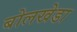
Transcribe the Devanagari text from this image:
बोलखेडा